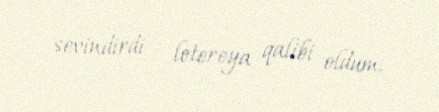
sevindirdi - lotereya qalibi oldum.